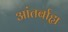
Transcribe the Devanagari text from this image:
आंतर्बाह्य